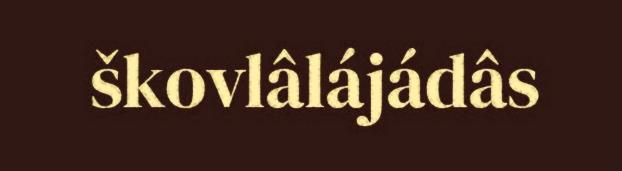
škovlâlájádâs